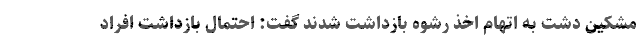
مشکین دشت به اتهام اخذ رشوه بازداشت شدند گفت: احتمال بازداشت افراد